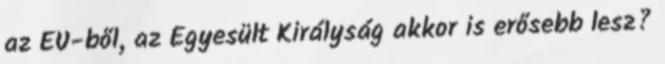
az EU-ből, az Egyesült Királyság akkor is erősebb lesz?